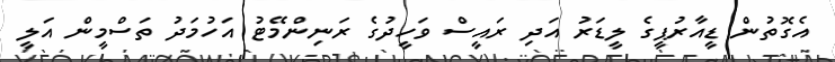
އެގޮތުން ޑީއާރުޕީގެ ލީޑަރު އަދި ރައީސް ވަހީދުގެ ރަނިންމޭޓު އަހުމަދު ތަސްމީން އަލީ